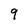
Character: 9